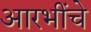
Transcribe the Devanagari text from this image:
आरभींचे